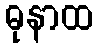
ဓုနာထ